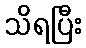
သိရပြီး